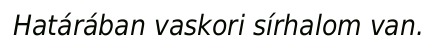
Határában vaskori sírhalom van.